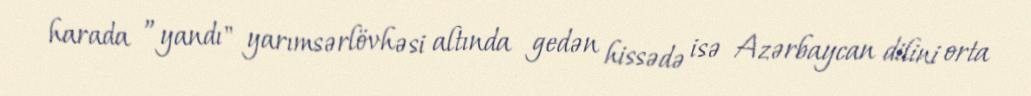
harada ”yandı" yarımsərlövhəsi altında gedən hissədə isə Azərbaycan dilini orta